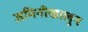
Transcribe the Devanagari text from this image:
जमिनीखालुन